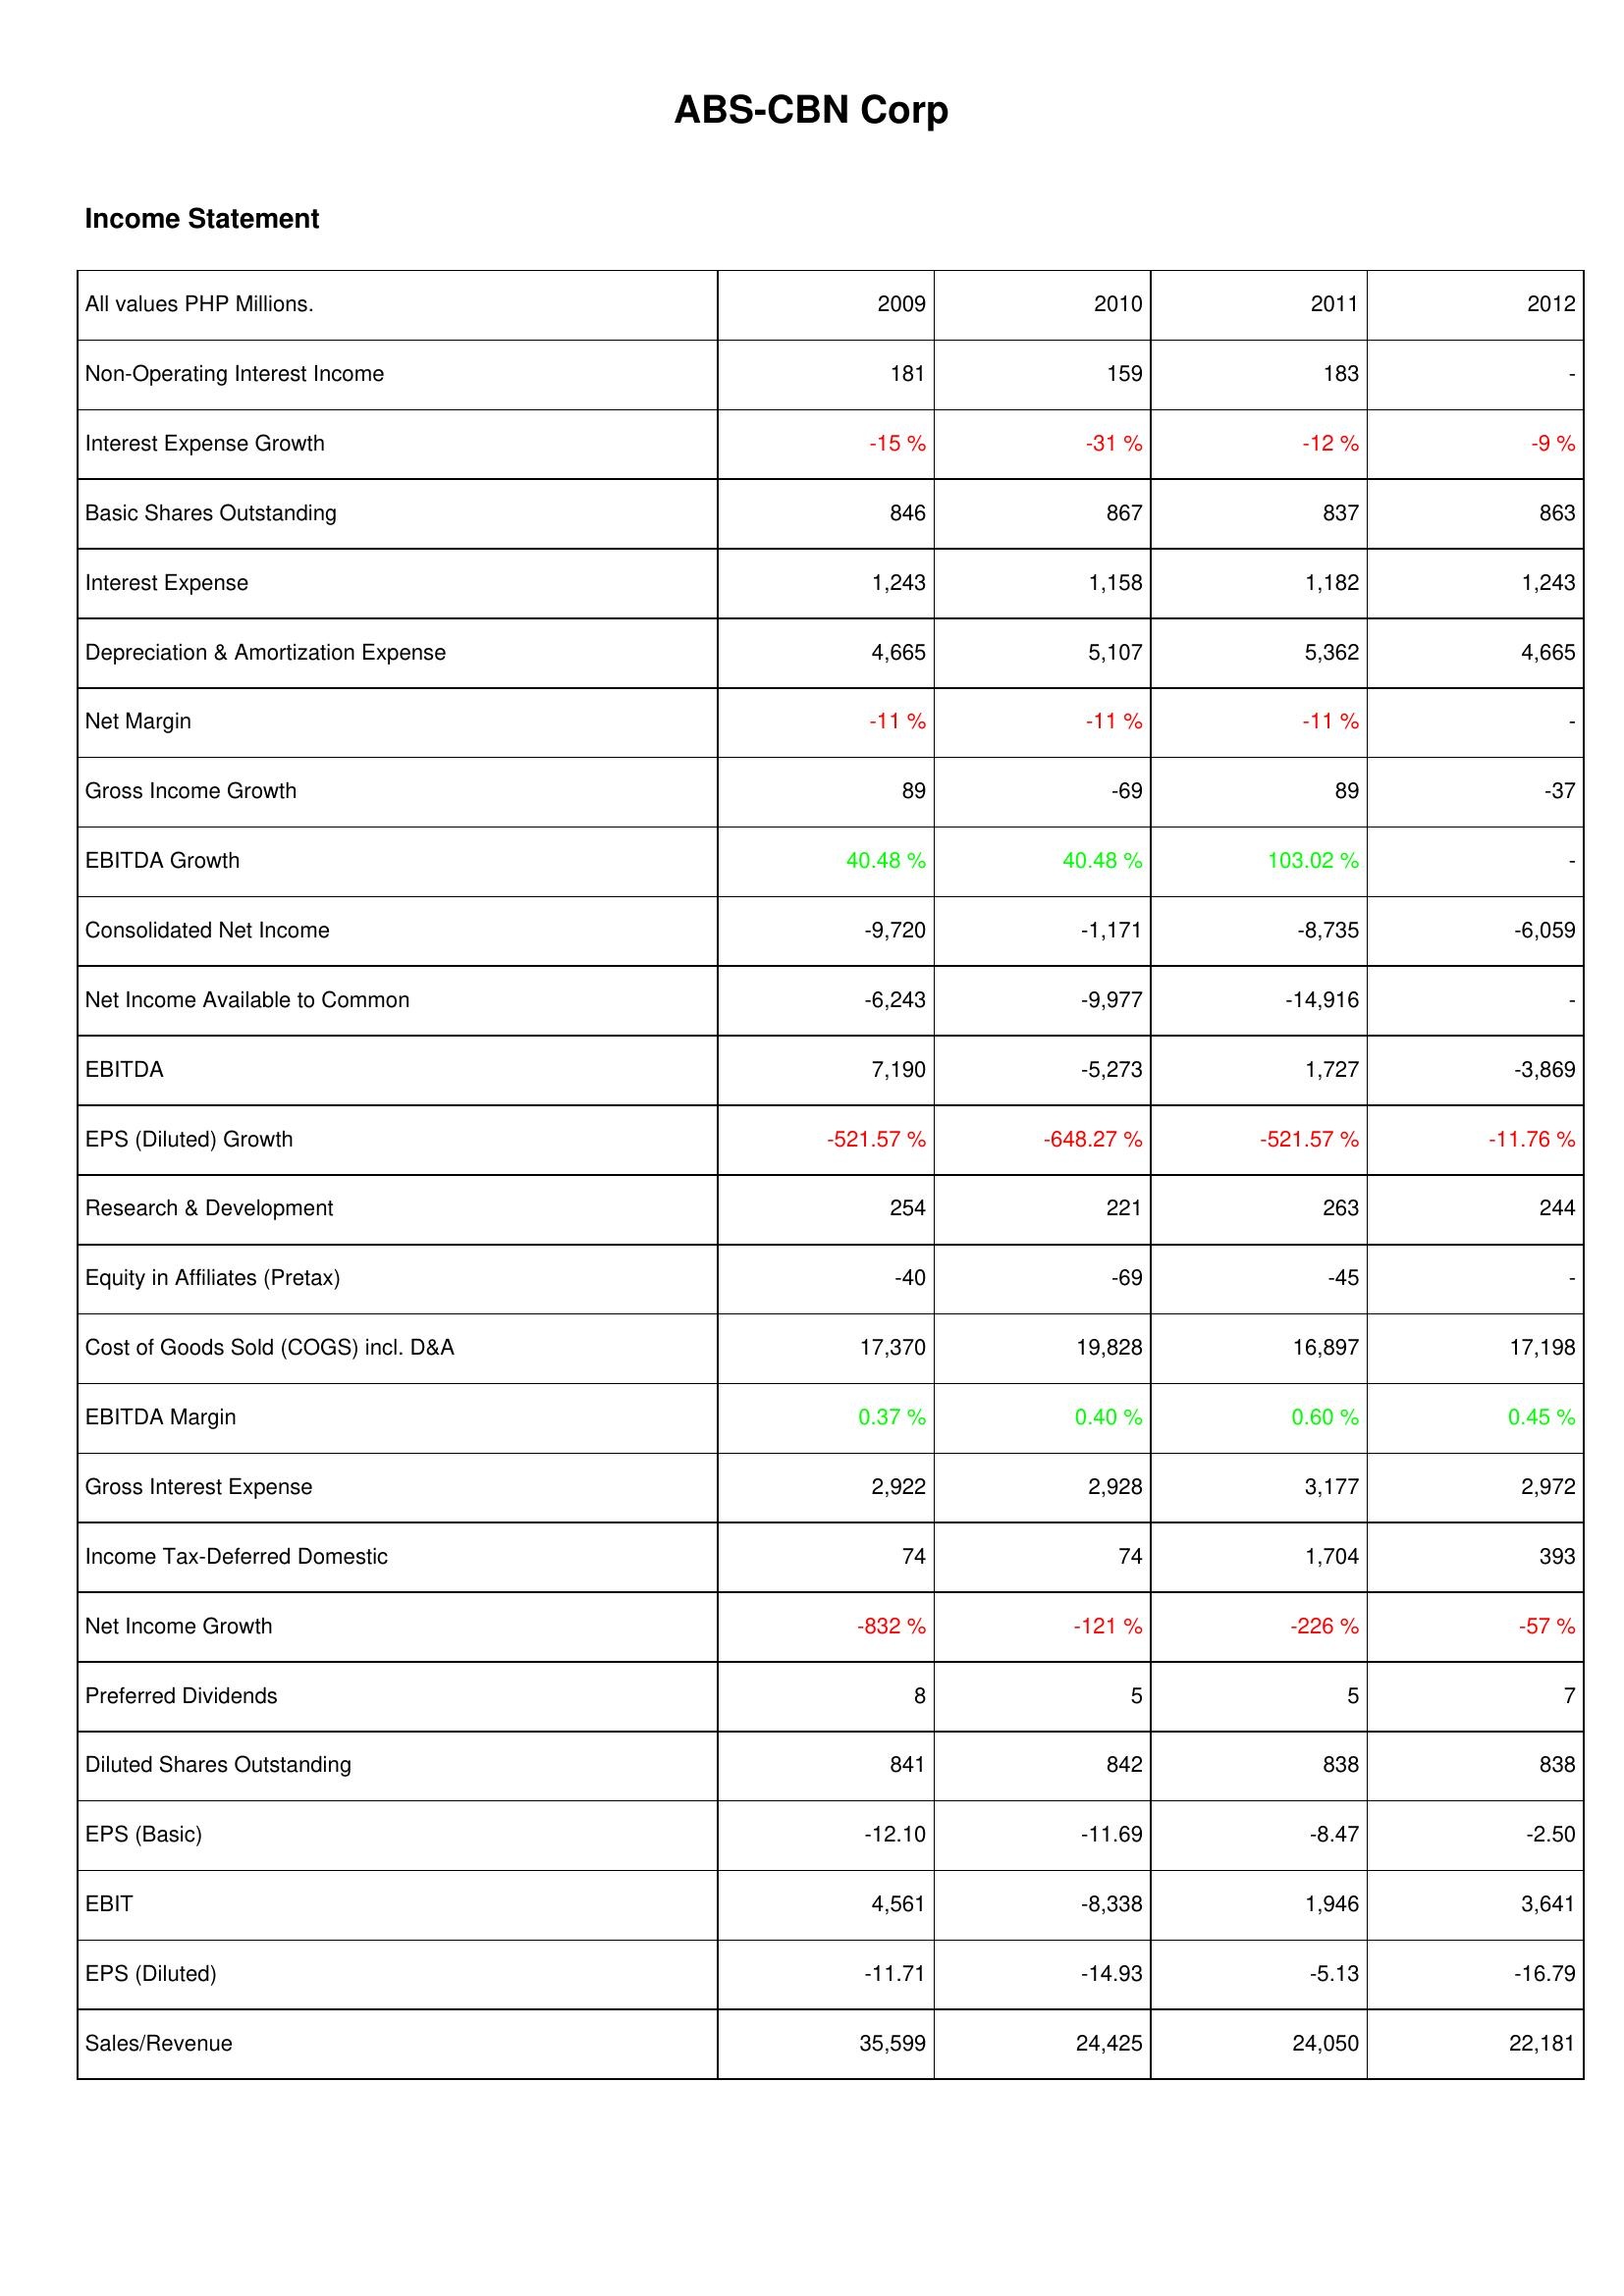
2009: Income Statement: Non-Operating Interest Income: 181
Interest Expense Growth: -15 %
Basic Shares Outstanding: 846
Interest Expense: 1,243
Depreciation & Amortization Expense: 4,665
Net Margin: -11 %
Gross Income Growth: 89
EBITDA Growth: 40.48 %
Consolidated Net Income: -9,720
Net Income Available to Common: -6,243
EBITDA: 7,190
EPS (Diluted) Growth: -521.57 %
Research & Development: 254
Equity in Affiliates (Pretax): -40
Cost of Goods Sold (COGS) incl. D&A: 17,370
EBITDA Margin: 0.37 %
Gross Interest Expense: 2,922
Income Tax-Deferred Domestic: 74
Net Income Growth: -832 %
Preferred Dividends: 8
Diluted Shares Outstanding: 841
EPS (Basic): -12.10
EBIT: 4,561
EPS (Diluted): -11.71
Sales/Revenue: 35,599
2010: Income Statement: Non-Operating Interest Income: 159
Interest Expense Growth: -31 %
Basic Shares Outstanding: 867
Interest Expense: 1,158
Depreciation & Amortization Expense: 5,107
Net Margin: -11 %
Gross Income Growth: -69
EBITDA Growth: 40.48 %
Consolidated Net Income: -1,171
Net Income Available to Common: -9,977
EBITDA: -5,273
EPS (Diluted) Growth: -648.27 %
Research & Development: 221
Equity in Affiliates (Pretax): -69
Cost of Goods Sold (COGS) incl. D&A: 19,828
EBITDA Margin: 0.40 %
Gross Interest Expense: 2,928
Income Tax-Deferred Domestic: 74
Net Income Growth: -121 %
Preferred Dividends: 5
Diluted Shares Outstanding: 842
EPS (Basic): -11.69
EBIT: -8,338
EPS (Diluted): -14.93
Sales/Revenue: 24,425
2011: Income Statement: Non-Operating Interest Income: 183
Interest Expense Growth: -12 %
Basic Shares Outstanding: 837
Interest Expense: 1,182
Depreciation & Amortization Expense: 5,362
Net Margin: -11 %
Gross Income Growth: 89
EBITDA Growth: 103.02 %
Consolidated Net Income: -8,735
Net Income Available to Common: -14,916
EBITDA: 1,727
EPS (Diluted) Growth: -521.57 %
Research & Development: 263
Equity in Affiliates (Pretax): -45
Cost of Goods Sold (COGS) incl. D&A: 16,897
EBITDA Margin: 0.60 %
Gross Interest Expense: 3,177
Income Tax-Deferred Domestic: 1,704
Net Income Growth: -226 %
Preferred Dividends: 5
Diluted Shares Outstanding: 838
EPS (Basic): -8.47
EBIT: 1,946
EPS (Diluted): -5.13
Sales/Revenue: 24,050
2012: Income Statement: Non-Operating Interest Income: -
Interest Expense Growth: -9 %
Basic Shares Outstanding: 863
Interest Expense: 1,243
Depreciation & Amortization Expense: 4,665
Net Margin: -
Gross Income Growth: -37
EBITDA Growth: -
Consolidated Net Income: -6,059
Net Income Available to Common: -
EBITDA: -3,869
EPS (Diluted) Growth: -11.76 %
Research & Development: 244
Equity in Affiliates (Pretax): -
Cost of Goods Sold (COGS) incl. D&A: 17,198
EBITDA Margin: 0.45 %
Gross Interest Expense: 2,972
Income Tax-Deferred Domestic: 393
Net Income Growth: -57 %
Preferred Dividends: 7
Diluted Shares Outstanding: 838
EPS (Basic): -2.50
EBIT: 3,641
EPS (Diluted): -16.79
Sales/Revenue: 22,181